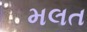
મલત